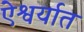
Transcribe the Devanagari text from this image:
ऐश्वर्यात